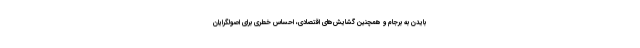
بایدن به برجام و همچنین گشایش‌های اقتصادی، احساس خطری برای اصولگرایان